画像に写った文字を読んでください
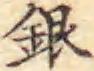
「銀」と書いてあります